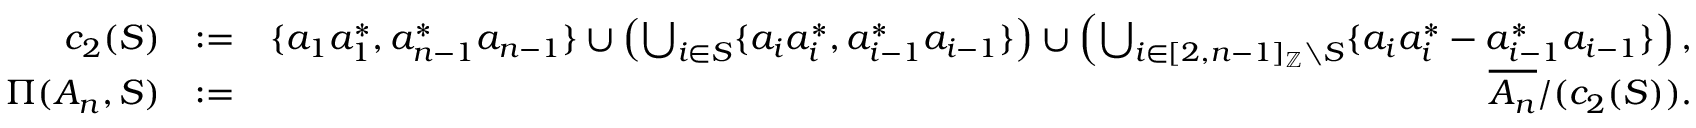
\begin{array} { r l r } { c _ { 2 } ( S ) } & { : = } & { \{ a _ { 1 } a _ { 1 } ^ { * } , a _ { n - 1 } ^ { * } a _ { n - 1 } \} \cup \left( \bigcup _ { i \in S } \{ a _ { i } a _ { i } ^ { * } , a _ { i - 1 } ^ { * } a _ { i - 1 } \} \right) \cup \left( \bigcup _ { i \in [ 2 , n - 1 ] _ { \mathbb { Z } } \setminus S } \{ a _ { i } a _ { i } ^ { * } - a _ { i - 1 } ^ { * } a _ { i - 1 } \} \right) , } \\ { \Pi ( A _ { n } , S ) } & { : = } & { \overline { { A _ { n } } } / ( c _ { 2 } ( S ) ) . } \end{array}